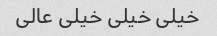
خیلی خیلی خیلی عالی